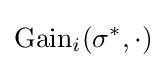
{\text{Gain}}_{i}(\sigma ^{*},\cdot )